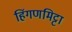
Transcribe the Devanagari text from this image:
हिंगणमिट्टा